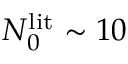
N _ { 0 } ^ { \mathrm { l i t } } \sim 1 0